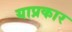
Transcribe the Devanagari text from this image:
याप्रकार